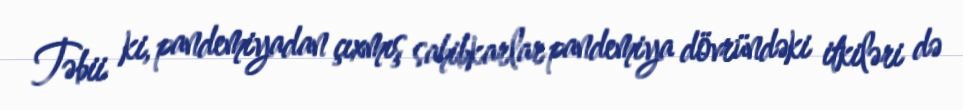
Təbii ki, pandemiyadan çıxmış sahibkarlar pandemiya dövründəki itkiləri də